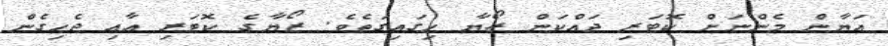
އަޔާން މެންނަށް ކޮޓަރި ދައްކަން ޒޯޔާ ހިގައިގަތެވެ. ޒޯޔާގެ ކޮޓަރި އާއި ޖެހިގެން